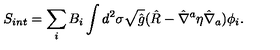
S _ { i n t } = \sum _ { i } B _ { i } \int d ^ { 2 } \sigma \sqrt { \hat { g } } ( \hat { R } - { \hat { \nabla } } ^ { a } \eta { \hat { \nabla } } _ { a } ) \phi _ { i } .